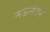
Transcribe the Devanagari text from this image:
नऊनंतर